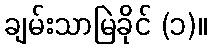
ချမ်းသာမြဲခိုင် (၁)။